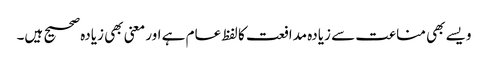
ویسے بھی مناعت سے زیادہ مدافعت کا لفظ عام ہے اور معنی بھی زیادہ صحیح ہیں۔